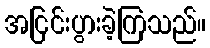
အငြင်းပွားခဲ့ကြသည်။